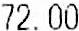
72.00